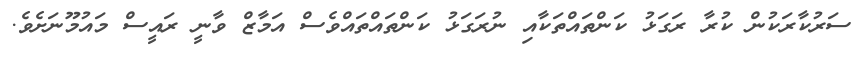
ސަރުކާރަކުން ކުރާ ރަގަޅު ކަންތައްތަކާއި ނުރަގަޅު ކަންތައްތައްވެސް އަމާޒް ވާނީ ރައީސް މައުމޫނަށެވެ.